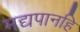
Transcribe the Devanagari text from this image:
मद्यपानहि